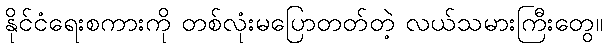
နိုင်ငံရေးစကားကို တစ်လုံးမပြောတတ်တဲ့ လယ်သမားကြီးတွေ။